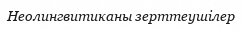
Неолингвитиканы зерттеушілер